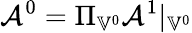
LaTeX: \mathcal{A}^{0}=\Pi_{\mathbb{V}^{0}}\mathcal{A}^{1}|_{\mathbb{V}^{0}}